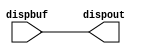


module disp(
	input[23:0] dispbuf,
	output[23:0] dispout
	);
	
	assign dispout = dispbuf;

endmodule